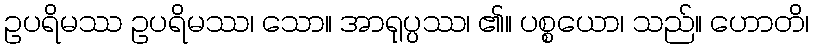
ဥပရိမဿ ဥပရိမဿ၊ သော။ အာရုပ္ပဿ၊ ၏။ ပစ္စယော၊ သည်။ ဟောတိ၊